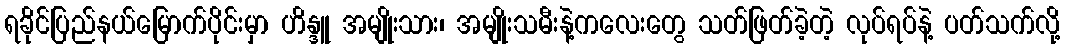
ရခိုင်ပြည်နယ်မြောက်ပိုင်းမှာ ဟိန္ဒူ အမျိုးသား၊ အမျိုးသမီးနဲ့ကလေးတွေ သတ်ဖြတ်ခဲ့တဲ့ လုပ်ရပ်နဲ့ ပတ်သက်လို့